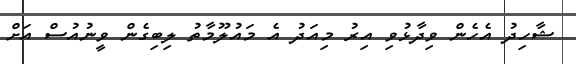
ޝާހިދު އެހެން ވިދާޅުވި އިރު މިއަދު އެ މައުލޫމާތު ލިބިގެން ވީނުއުސް އަށް